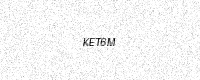
Text: KET6M